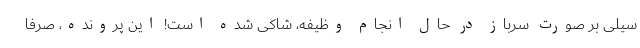
سیلی بر صورت سرباز در حال انجام وظیفه، شاکی شده است! این پرونده، صرفاً